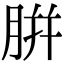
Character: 腁